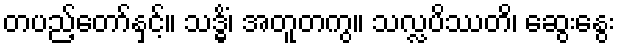
တပည့်တော်နှင့်။ သဒ္ဓိံ၊ အတူတကွ။ သလ္လပိဿတိ၊ ဆွေးနွေး